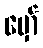
မှော်